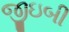
જીઇબી